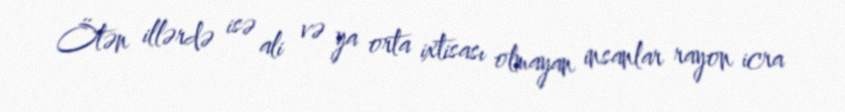
Ötən illərdə isə ali və ya orta ixtisası olmayan insanlar rayon icra